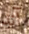
آند